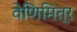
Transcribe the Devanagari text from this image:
वेणिमित्र